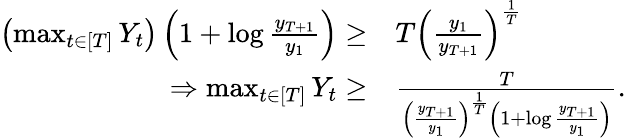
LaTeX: \begin{array}{rl}{\left(\operatorname*{max}_{t\in\left[T\right]}Y_{t}\right)\left(1+\log\frac{y_{T+1}}{y_{1}}\right)\geq}&{T\left(\frac{y_{1}}{y_{T+1}}\right)^{\frac{1}{T}}}\\ {\Rightarrow\operatorname*{max}_{t\in\left[T\right]}Y_{t}\geq}&{\frac{T}{\left(\frac{y_{T+1}}{y_{1}}\right)^{\frac{1}{T}}\left(1+\log\frac{y_{T+1}}{y_{1}}\right)}.}\end{array}